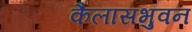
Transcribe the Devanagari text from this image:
कैलासभुवन